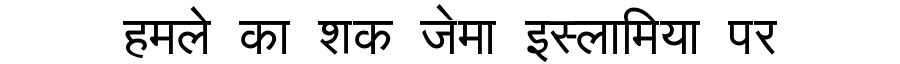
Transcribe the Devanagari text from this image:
हमले का शक जेमा इस्लामिया पर